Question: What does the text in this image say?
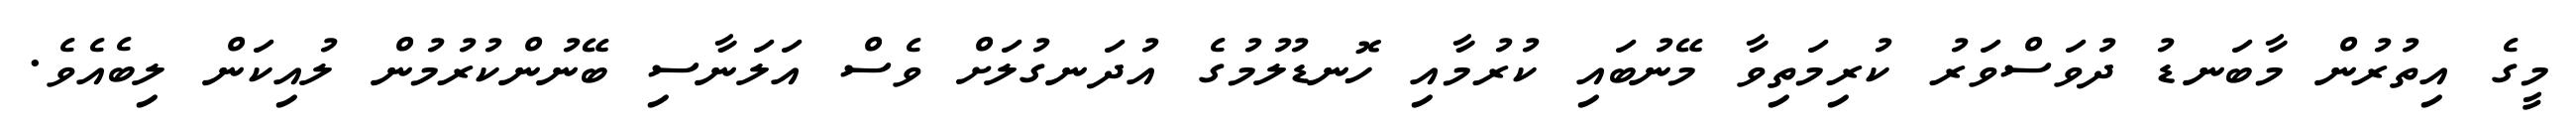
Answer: މީގެ އިތުރުން މާބަނޑު ދުވަސްވަރު ކުރިމަތިވާ މޭނުބައި ކުރުމާއި ހޮނޑުލުމުގެ އުދަނގުލަށް ވެސް އަލަނާސި ބޭނުންކުރުމުން ލުއިކަން ލިބެއެވެ.